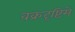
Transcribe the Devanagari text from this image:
वक्रदृष्टिमे